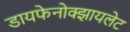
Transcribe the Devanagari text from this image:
डायफेनोक्झायलेट